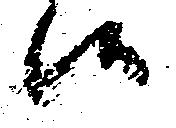
候